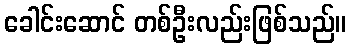
ခေါင်းဆောင် တစ်ဦးလည်းဖြစ်သည်။